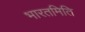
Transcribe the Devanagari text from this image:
भारतमिति